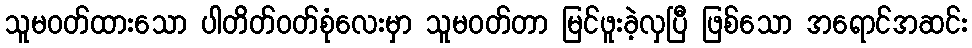
သူမဝတ်ထားသော ပါတိတ်ဝတ်စုံလေးမှာ သူမဝတ်တာ မြင်ဖူးခဲ့လှပြီ ဖြစ်သော အရောင်အဆင်း